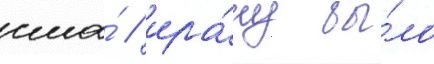
сша́ / ира́ну бы́ло